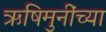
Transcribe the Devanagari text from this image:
ऋषिमुनींच्या